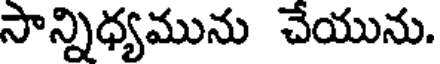
సాన్నిధ్యమును చేయును.